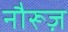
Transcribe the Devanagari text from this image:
नौरूज़